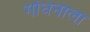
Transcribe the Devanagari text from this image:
गोधनाला